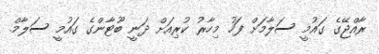
ރާއްޖޭގެ ގައުމީ ސަލާމަށް ފަހު މިހާރު ކުރިއަށް ދަނީ ބޫޓާންގެ ގައުމީ ސަލާމް.